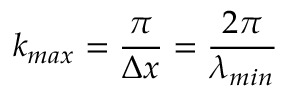
k _ { m a x } = \frac { \pi } { \Delta x } = \frac { 2 \pi } { \lambda _ { m i n } }